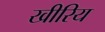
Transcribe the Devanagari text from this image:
खीरिय